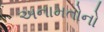
અનામતોનો